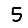
Digit: 5